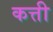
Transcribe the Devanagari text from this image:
कत्ती